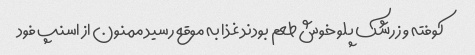
کوفته و زرشک پلو خوش طعم بودند غذا به موقع رسید ممنون از اسنپ فود